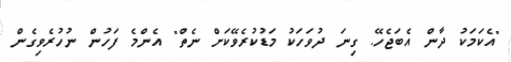
"އެކަމަކު ދާން އެބަޖެހޭ. ގިނަ ދުވަހަކު މަޑުކުރެވޭކަށް ނެތް" އެންމެ ފަހުން ނުހުރެވިގެން